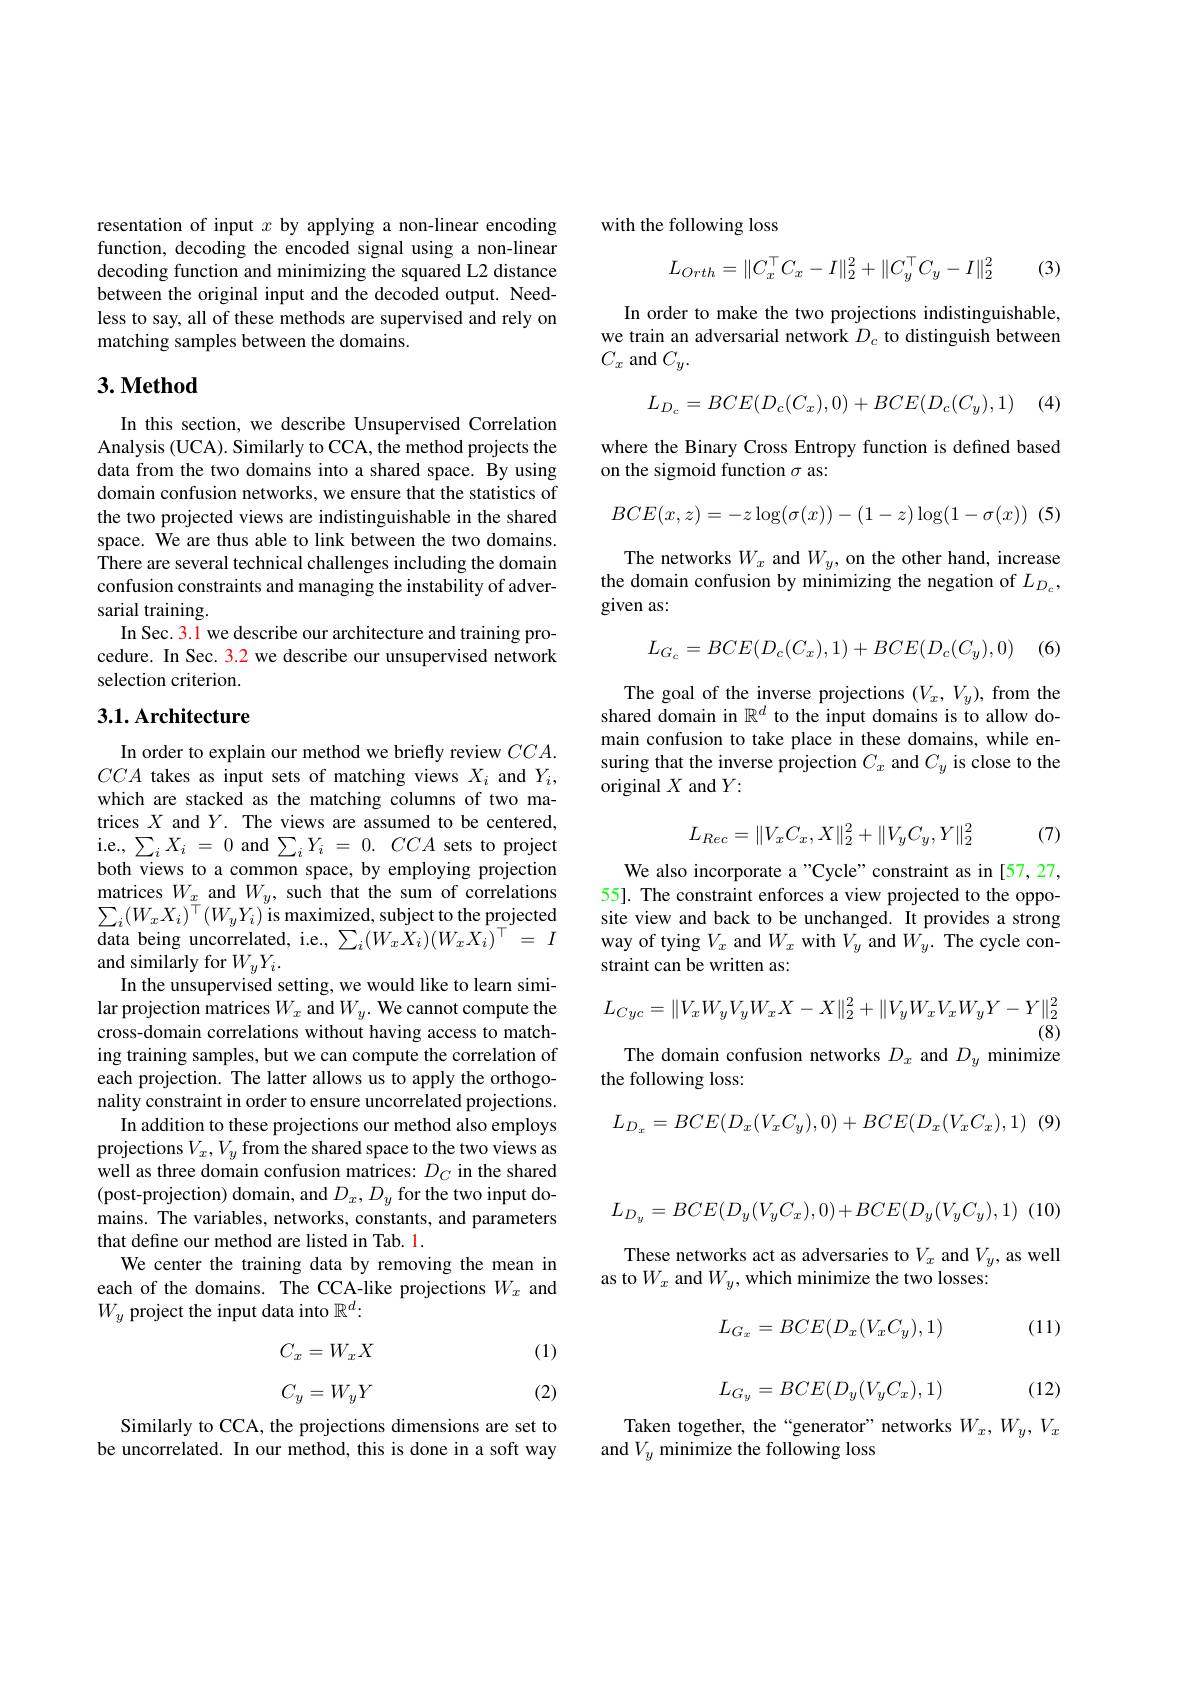
resentation of input $x$ by applying a non-linear encoding function, decoding the encoded signal using a non-linear decoding function and minimizing the squared L2 distance between the original input and the decoded output. Needless to say, all of these methods are supervised and rely on matching samples between the domains.

## $3. \textbf{Method}$

In this section, we describe Unsupervised Correlation Analysis (UCA). Similarly to CCA, the method projects the data from the two domains into a shared space. By using domain confusion networks, we ensure that the statistics of the two projected views are indistinguishable in the shared space. We are thus able to link between the two domains. There are several technical challenges including the domain confusion constraints and managing the instability of adversarial training.
In Sec. 3.1 we describe our architecture and training procedure. In Sec. 3.2 we describe our unsupervised network selection criterion.

## 3.1. Architecture

In order to explain our method we briefly review $CCA.$ $CCA$ takes as input sets of matching views $X_i$ and $Y_i$, which are stacked as the matching columns of two matrices $X$ and $Y.$ The views are assumed to be centered, i.e., $\sum _{i}X_{i}$ = 0 and $\sum _{i}Y_{i}$ = 0. $CCA$ sets to project both views to a common space, by employing projection matrices $W_x$ and $W_y$, such that the sum of correlations $\sum_{i}(W_{x}X_{i})^{\top}(W_{y}Y_{i})$ is maximized, subject to the projected data being uncorrelated, i.e., $\sum_i(W_{x}\bar{X_{i}})(W_{x}\bar{X_{i}})^{\top}=I$ and similarly for $W_yY_i.$
In the unsupervised setting, we would like to learn similar projection matrices $W_x$ and $W_y.$ We cannot compute the cross-domain correlations without having access to matching training samples, but we can compute the correlation of each projection. The latter allows us to apply the orthogonality constraint in order to ensure uncorrelated projections.
In addition to these projections our method also employs projections $V_x,V_y$ from the shared space to the two views as well as three domain confusion matrices: $D_C$ in the shared (post-projection) domain, and $D_x,D_y$ for the two input domains. The variables, networks, constants, and parameters that define our method are listed in Tab. 1.
We center the training data by removing the mean in each of the domains. The CCA-like projections $W_x$ and $W_y$ project the input data into $\mathbb{R}^d:$
$$\begin{array}{c}C_x=W_xX\\\\C_y=W_yY\end{array}$$
(1)

(2)

Similarly to CCA, the projections dimensions are set to be uncorrelated. In our method, this is done in a soft way

with the following loss
$$L_{Orth}=\|C_x^\top C_x-I\|_2^2+\|C_y^\top C_y-I\|_2^2$$
(3,

In order to make the two projections indistinguishable, we train an adversarial network $D_c$ to distinguish between $C_{x}$ and $C_y.$
$$L_{D_c}=BCE(D_c(C_x),0)+BCE(D_c(C_y),1)$$
(4

where the Binary Cross Entropy function is defined based
on the sigmoid function $\sigma$ as:
$$BCE(x,z)=-z\log(\sigma(x))-(1-z)\log(1-\sigma(x))$$
(5

The networks $W_x$ and $W_y$, on the other hand, increase the domain confusion by minimizing the negation of $L_{D_c}$, given as:
$$L_{G_{c}}=BCE(D_{c}(C_{x}),1)+BCE(D_{c}(C_{y}),0)$$
(6)

The goal of the inverse projections $(V_x,V_y)$, from the shared domain in $\mathbb{R}^d$ to the input domains is to allow domain confusion to take place in these domains, while ensuring that the inverse projection $C_x$ and $C_y$ is close to the original $X$ and $Y:$
$$L_{Rec}=\|V_xC_x,X\|_2^2+\|V_yC_y,Y\|_2^2$$
(7)

We also incorporate a "Cycle" constraint as in [57,27, 55]. The constraint enforces a view projected to the opposite view and back to be unchanged. It provides a strong way of tying $V_x$ and $W_x$ with $V_y$ and $W_y.$ The cycle constraint can be written as:
$$L_{Cyc}=\|V_{x}W_{y}V_{y}W_{x}X-X\|_{2}^{2}+\|V_{y}W_{x}V_{x}W_{y}Y-Y\|_{2}^{2}$$
(8)

The domain confusion networks $D_x$ and $D_y$ minimize

the following loss:

$(9^{\cdot}$
$$L_{D_{x}}=BCE(D_{x}(V_{x}C_{y}),0)+BCE(D_{x}(V_{x}C_{x}),1)$$
$$L_{D_{y}}=BCE(D_{y}(V_{y}C_{x}),0)+BCE(D_{y}(V_{y}C_{y}),1)$$
These networks act as adversaries to $V_x$ and $V_y$, as well
as to $W_x$ and $W_y$, which minimize the two losses:

(11)
$$L_{G_x}=BCE(D_x(V_xC_y),1)$$
$$L_{G_y}=BCE(D_y(V_yC_x),1)$$
(12)

Taken together, the“generator” networks $W_x,W_y,V_x$
and $V_y$ minimize the following loss